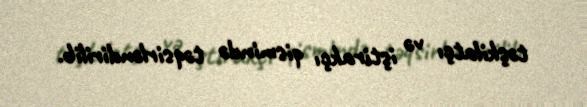
təşkilatçı və iştirakçı qismində təqsirləndirilib.